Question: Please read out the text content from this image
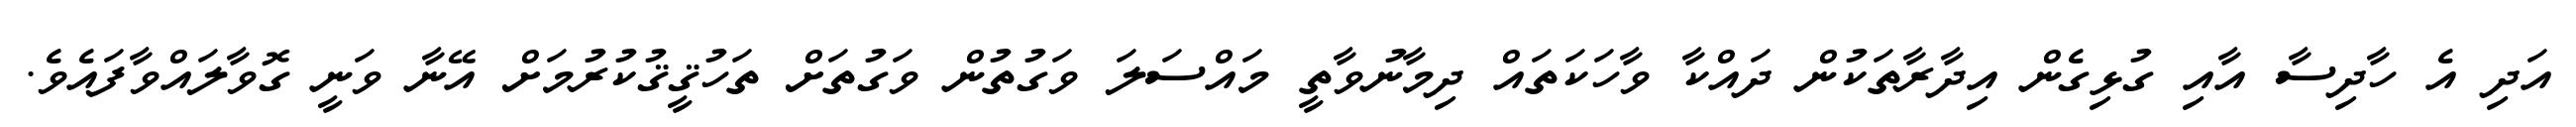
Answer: އަދި އެ ހާދިސާ އާއި ގުޅިގެން އިދާރާތަކުން ދައްކާ ވާހަކަތައް ދިމާނުވާތީ މައްސަލަ ވަގުތުން ވަގުތަށް ތަހުޤީޤުކުރުމަށް އޭނާ ވަނީ ގޮވާލައްވާފައެވެ.